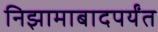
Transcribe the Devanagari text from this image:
निझामाबादपर्यंत